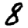
Digit: 8